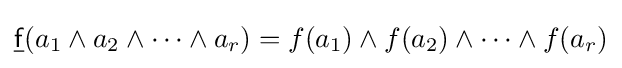
{\underline {\mathsf {f}}}(a_{1}\wedge a_{2}\wedge \cdots \wedge a_{r})=f(a_{1})\wedge f(a_{2})\wedge \cdots \wedge f(a_{r})